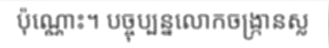
ប៉ុណ្ណោះ។ បច្ចុប្បន្នលោកចង្ក្រានស្ល